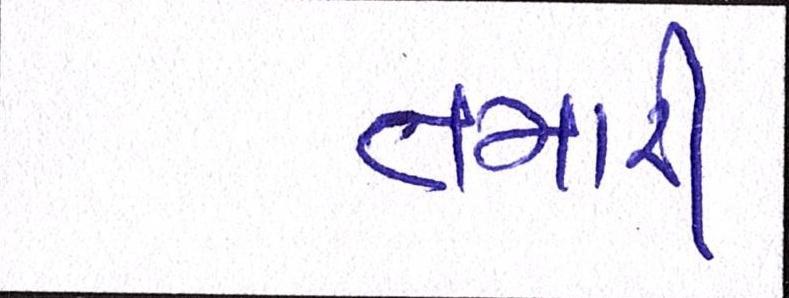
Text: તમારી